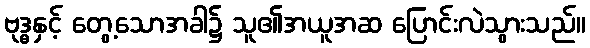
ဗုဒ္ဓနှင့် တွေ့သောအခါ၌ သူ၏အယူအဆ ပြောင်းလဲသွားသည်။